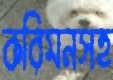
করিমনসহ